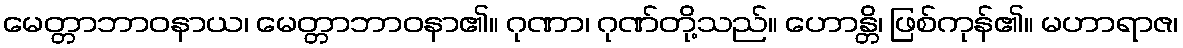
မေတ္တာဘာဝနာယ၊ မေတ္တာဘာဝနာ၏။ ဂုဏာ၊ ဂုဏ်တို့သည်။ ဟောန္တိ၊ ဖြစ်ကုန်၏။ မဟာရာဇ၊